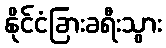
နိုင်ငံခြားခရီးသွား